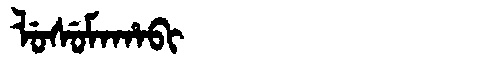
Manchu: ᠯᡠᠰᡠᠮᠠᡥᠠᠪᡳ
Romanization: LUSUMAHABI